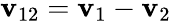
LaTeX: \mathbf{v}_{12}=\mathbf{v}_{1}-\mathbf{v}_{2}